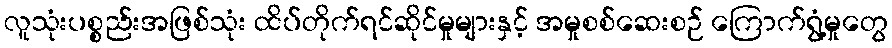
လူသုံးပစ္စည်းအဖြစ်သုံး ထိပ်တိုက်ရင်ဆိုင်မှုများနှင့် အမှုစစ်ဆေးစဉ် ကြောက်ရွံ့မှုတွေ